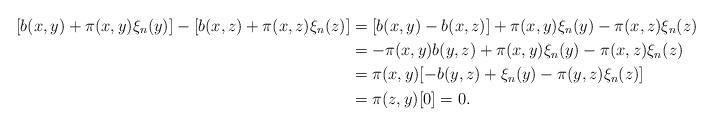
LaTeX: \begin{align*}[b(x, y) + \pi(x, y)\xi_n(y)] - [b(x, z) + \pi(x, z)\xi_n(z)] &= [b(x, y) - b(x, z)] + \pi(x, y)\xi_n(y) - \pi(x, z)\xi_n(z) \\ &= -\pi(x, y)b(y, z) + \pi(x, y)\xi_n(y) - \pi(x, z)\xi_n(z)\\ &= \pi(x, y)[-b(y, z) + \xi_n(y) - \pi(y, z)\xi_n(z)] \\ &= \pi(z, y)[0] = 0. \end{align*}